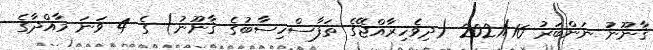
ޤާނޫނު ނަންބަރު 2021/16 (ދިވެހިރާއްޖޭގެ ތަފާސްހިސާބުގެ ޤާނޫނު) ގެ 4 ވަނަ މާއްދާގެ